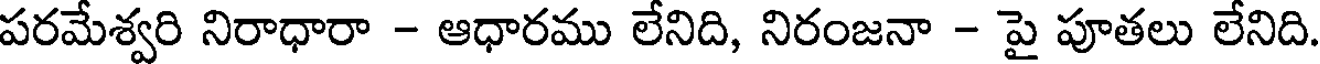
పరమేశ్వరి నిరాధారా - ఆధారము లేనిది, నిరంజనా - పై పూతలు లేనిది